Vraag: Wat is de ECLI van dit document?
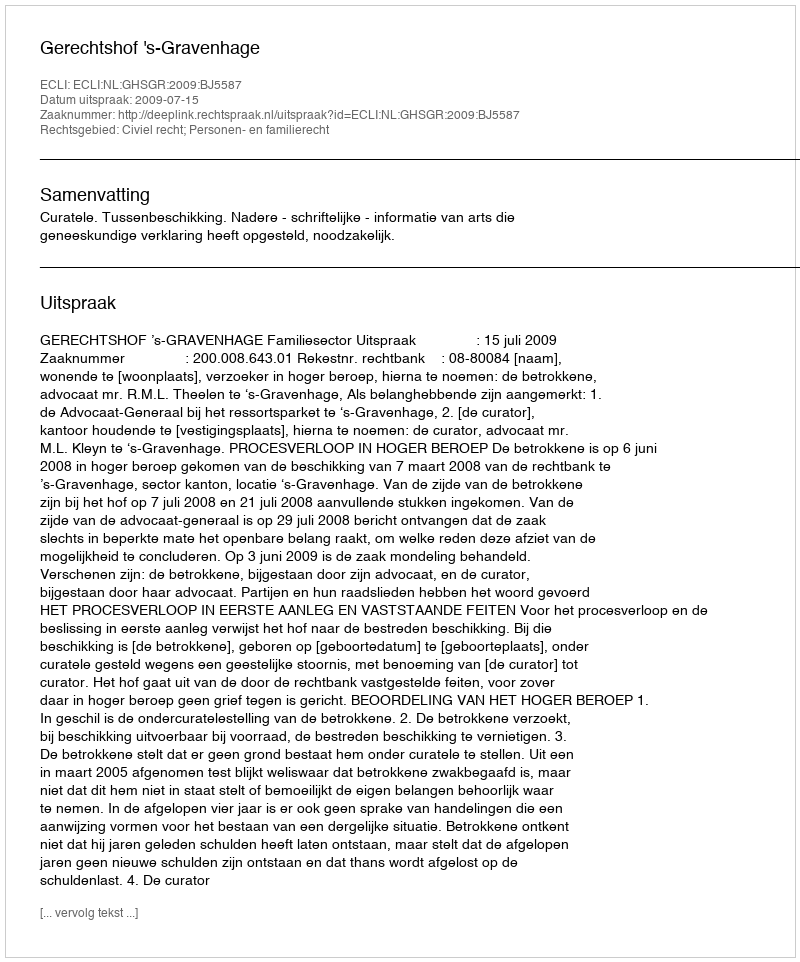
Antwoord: ECLI:NL:GHSGR:2009:BJ5587